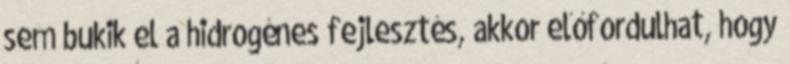
sem bukik el a hidrogénes fejlesztés, akkor előfordulhat, hogy